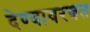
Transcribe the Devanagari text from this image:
देण्यावरबत